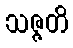
သဇ္ဇတိ